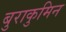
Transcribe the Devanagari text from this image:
बुराकुमिन